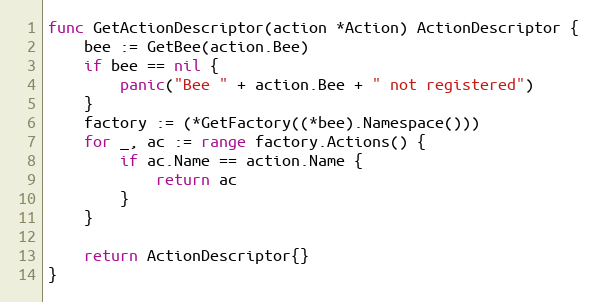
Language: Go
func GetActionDescriptor(action *Action) ActionDescriptor {
	bee := GetBee(action.Bee)
	if bee == nil {
		panic("Bee " + action.Bee + " not registered")
	}
	factory := (*GetFactory((*bee).Namespace()))
	for _, ac := range factory.Actions() {
		if ac.Name == action.Name {
			return ac
		}
	}

	return ActionDescriptor{}
}